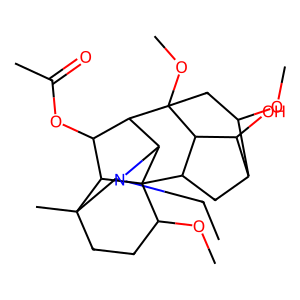
SMILES: CCN1CC2(C)CCC(OC)C34C5CC6C(OC)CC(OC)(C5C6O)C(C(OC(C)=O)C23)C14
Inhibits HIV replication: No